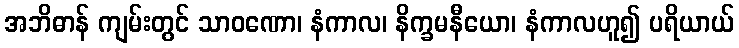
အဘိဓာန် ကျမ်းတွင် သာဝဏော၊ နံကာလ၊ နိက္ခမနီယော၊ နံကာလဟူ၍ ပရိယာယ်